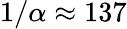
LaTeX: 1/\alpha\approx 137